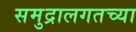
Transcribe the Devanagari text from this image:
समुद्रालगतच्या